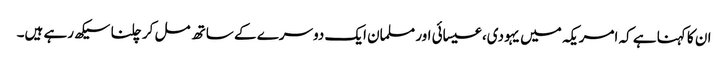
ان کا کہنا ہے کہ امریکہ میں یہودی، عیسائی اور مسلمان ایک دوسرے کے ساتھ مل کر چلنا سیکھ رہے ہیں۔